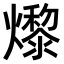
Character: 𤑬